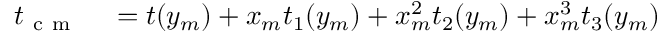
\begin{array} { r l } { t _ { \mathrm { ~ c ~ m ~ } } } & { { } = t ( y _ { m } ) + x _ { m } t _ { 1 } ( y _ { m } ) + x _ { m } ^ { 2 } t _ { 2 } ( y _ { m } ) + x _ { m } ^ { 3 } t _ { 3 } ( y _ { m } ) } \end{array}